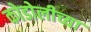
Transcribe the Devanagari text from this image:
कोडोलीच्या